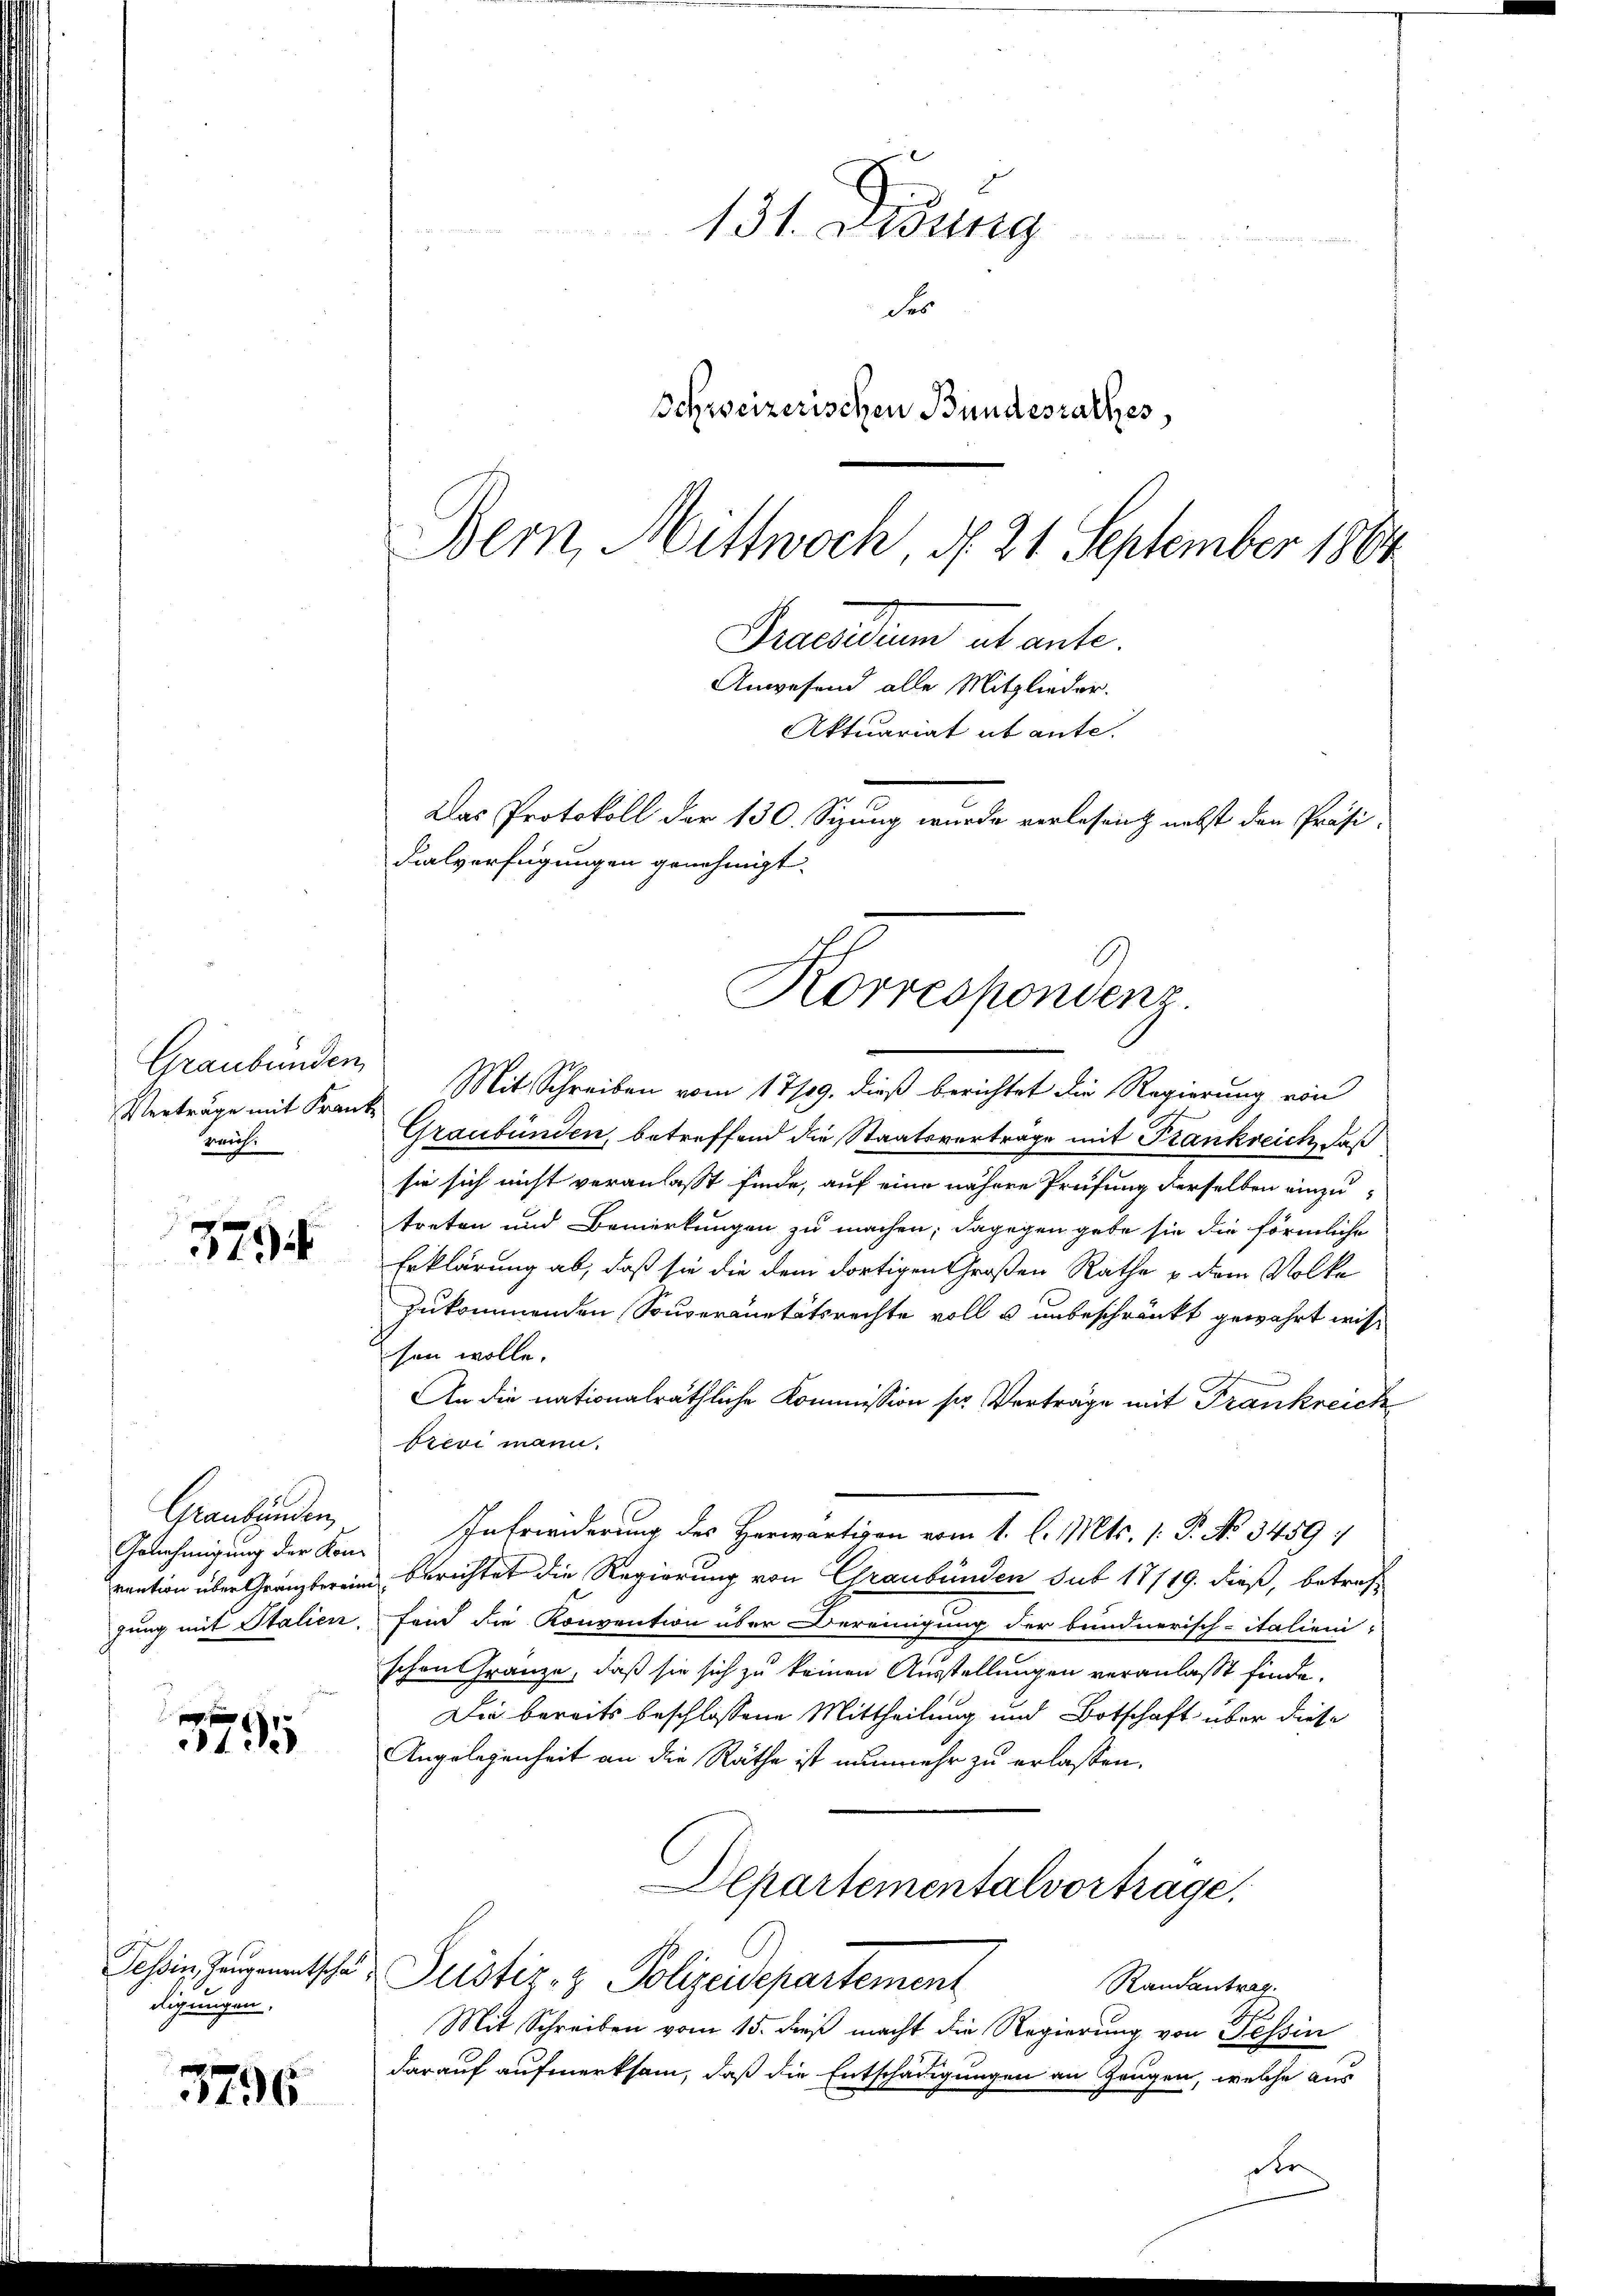
Graubünden,
Verträge mit Frau
Zweif

379

Graubünden
Genehmigung der Konvention über Gränzteren
gung mit Italien

13

Tessin, Zeugenentschädigungen,

3796

131. Disung
der
Schweizerischen Bundesrathes,
Bern, Mittwoch, d. 21 September 1864

Praesidium ab ante.
Anwesend alle Mitglieder.
Aktuariat abante.
Das Protokoll der 130. Sizung wurde verlesen nebst den Präsi-
dialverfügungen genehmigt.
l
Korrespondenz.

Mit Schreiben vom 17/19. dieß berichtet die Regierung von
Graubünden, betreffend die Staatsvertrage mit Frankreich, daß
sie sich nicht veranlaßt finde, auf eine nähere Prüfung derselben einzutreten und Bemerkungen zu machen; dagegen gebe sie die förmliche
Erklärung ab, daß sie die dem dortigen Großen Rathe u dem Volke
zukommenden Souveränetätsrechte voll u unbeschränkt gewährt wissen wolle.
An die nationalräthliche Kommission ser Vorträge mit Frankreich
Previ mann.
Intrinderung des Herwärtigen vom 1. l. Mts. 1. P. No 3459 :
berichtet die Regierung von Graubünden sub 17/19. dieß, betreffand die Konvention über Bereinigung der bundnerisch-italieni-
schon Gränze, daß sie sich zu keinen Ausstellungen veranlaßt finde.
Die bereits beschlossene Mittheilung und Botschaft über diese
Angelegenheit an die Räthe ist nunmehr zu erlassen.
Departementalvorträge.
Justiz- & Polizeidepartement
Randantrag
Mit Schreiben vom 15. dieß macht die Regierung von Tessin
darauf aufmerksam, daß die Entschädigungen an Zeugen, welche aus